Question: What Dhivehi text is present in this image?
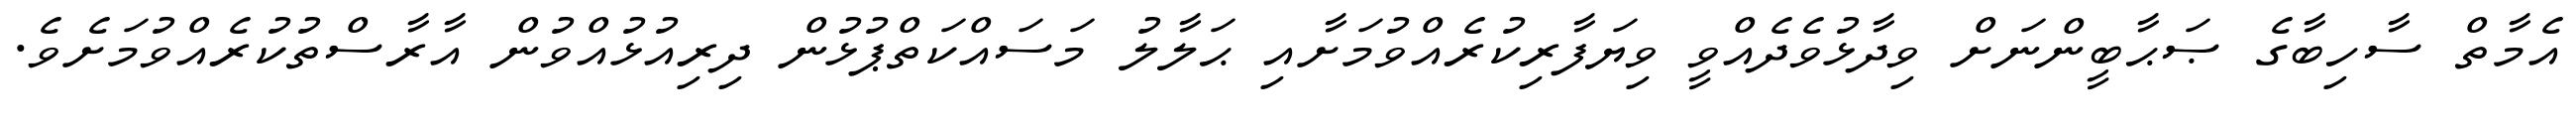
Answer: އެމާތް ސާހިބާގެ ޞަޙާބީންނަށް ވިދާޅުވެދެއްވީ ވިޔަފާރިކުރެއްވުމަށާއި ޙަލާލު މަސައްކަތްޕުޅުން ދިރިއުޅުއްވުން އާރާސްތުކުރެއްވުމަށެވެ.